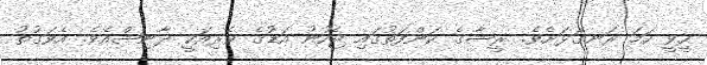
ހީވީ ހަމަ ރަނގަޅަށެވެ. ރީޝާގެ ކަންފަތުގައި ޖެހުނު އަޑުގެ ވެރިއަކީ ދާނިޝްއެވެ. އެވަގުތު